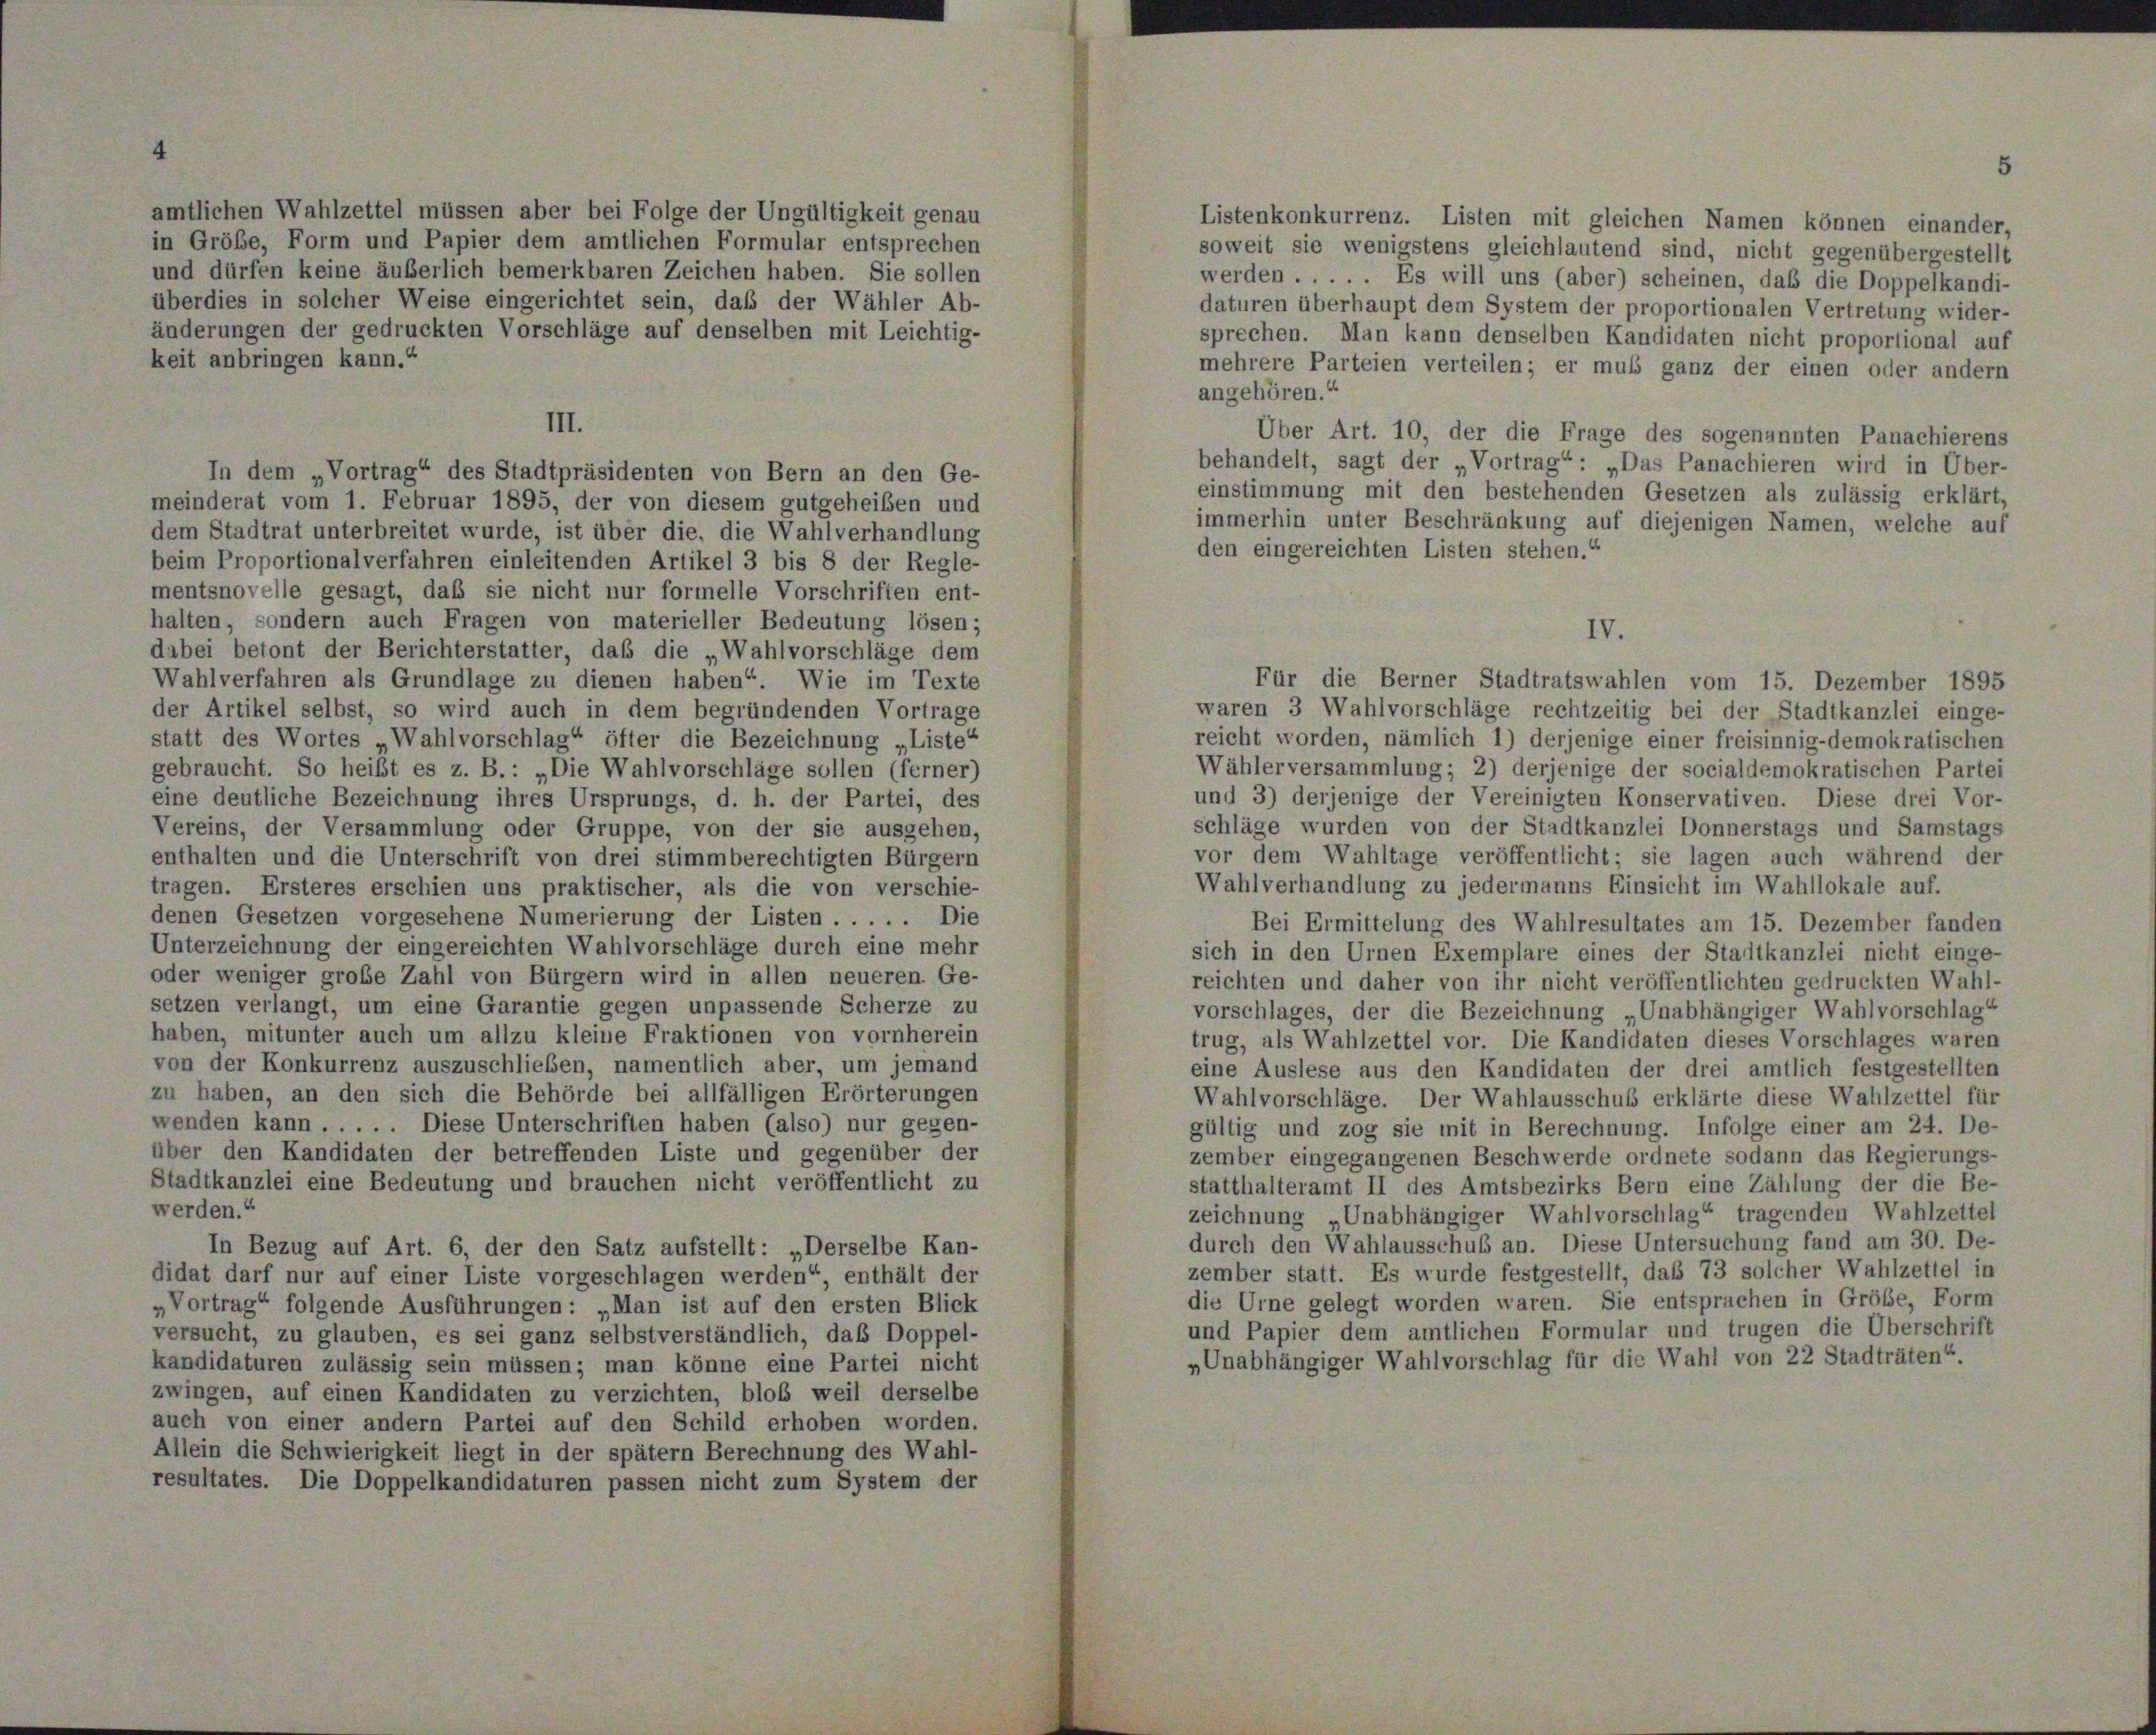
amtlichen Wahlzettel müssen aber bei Folge der Ungültigkeit genau
in Gröbe, Form und Papier dem amtlichen Formular entsprechen
soweit sie wenigstens gleichlautend sind, nicht gegenübergestellt
und dürfen keine äußerlich bemerkbaren Zeichen haben. Sie sollen
werden . . . . . Es will uns (aber) scheinen, daß die Doppelkandi-
überdies in solcher Weise eingerichtet sein, daß der Wähler Ab-
daturen überhaupt dem System der proportionalen Vertretung wider-
änderungen der gedruckten Vorschläge auf denselben mit Leichtig-
sprechen. Man kann denselben Kandidaten nicht proportional auf
keit anbringen kann.“
mehrere Parteien verteilen; er muß ganz der einen oder andern
angehören.“
III.
Über Art. 10, der die Frage des sogenannten Panachierens
behandelt, sagt der „Vortrag“: „Das Panachieren wird in Über-
In dem „Vortrag“ des Stadtpräsidenten von Bern an den Ge-
einstimmung mit den bestehenden Gesetzen als zulässig erklärt,
meinderat vom 1. Februar 1895, der von diesem gutgeheiben und
immerhin unter Beschränkung auf diejenigen Namen, welche auf
dem Stadtrat unterbreitet wurde, ist über die, die Wahlverhandlung
den eingereichten Listen stehen.“
beim Proportionalverfahren einleitenden Artikel 3 bis 8 der Regle-
mentsnovelle gesagt, daß sie nicht nur formelle Vorschriften ent-
halten, sondern auch Fragen von materieller Bedeutung lösen;
dabei betont der Berichterstatter, daß die „Wahlvorschläge dem
Wahlverfahren als Grundlage zu dienen haben“. Wie im Texte
Für die Berner Stadtratswahlen vom 15. Dezember 1895
der Artikel selbst, so wird auch in dem begründenden Vortrage
waren 3 Wahlvorschläge rechtzeitig bei der Stadtkanzlei einge-
reicht worden, nämlich 1) derjenige einer freisinnig-demokratischen
statt des Wortes „Wahlvorschlag“ öfter die Bezeichnung „Liste
Wähler versammlung; 2) derjenige der socialdemokratischen Partei
gebraucht. So heißt es z. B.: „Die Wahlvorschläge sollen (ferner)
und 3) derjenige der Vereinigten Konservativen. Diese drei Vor-
eine deutliche Bezeichnung ihres Ursprungs, d. h. der Partei, des
schläge wurden von der Stadtkanzlei Donnerstags und Samstags
Vereins, der Versammlung oder Gruppe, von der sie ausgehen,
vor dem Wahltage veröffentlicht; sie lagen auch während der
enthalten und die Unterschrift von drei stimmberechtigten Bürgern
Wahlverhandlung zu jedermanns Einsicht im Wahllokale auf.
tragen. Ersteres erschien uns praktischer, als die von verschie-
denen Gesetzen vorgesehene Numerierung der Listen . . . . . Die
Bei Ermittelung des Wahlresultates am 15. Dezember fanden
Unterzeichnung der eingereichten Wahlvorschläge durch eine mehr
sich in den Urnen Exemplare eines der Stadtkanzlei nicht einge-
oder weniger große Zahl von Bürgern wird in allen neueren. Ge-
reichten und daher von ihr nicht veröffentlichten gedruckten Wahl-
setzen verlangt, um eine Garantie gegen unpassende Scherze zu
vorschlages, der die Bezeichnung „Unabhängiger Wahlvorschlag“
haben, mitunter auch um allzu kleine Fraktionen von vornherein
trug, als Wahlzettel vor. Die Kandidaten dieses Vorschlages waren
von der Konkurrenz auszuschließen, namentlich aber, um jemand
eine Auslese aus den Kandidaten der drei amtlich festgestellten
zu haben, an den sich die Behörde bei allfälligen Erörterungen
Wahlvorschläge. Der Wahlausschuß erklärte diese Wahlzettel für
wenden kann . . . . . Diese Unterschriften haben (also) nur gegen-
gültig und zog sie mit in Berechnung. Infolge einer am 24. De-
über den Kandidaten der betreffenden Liste und gegenüber der
zember eingegangenen Beschwerde ordnete sodann das Regierungs-
Stadtkanzlei eine Bedeutung und brauchen nicht veröffentlicht zu
statthalteramt II des Amtsbezirks Bern eine Zählung der die Be-
werden.“
zeichnung „Unabhängiger Wahlvorschlag“ tragenden Wahlzettel
durch den Wahlausschub an. Diese Untersuchung fand am 30. De-
In Bezug auf Art. 6, der den Satz aufstellt: „Derselbe Kan-
zember statt. Es wurde festgestellt, daß 73 solcher Wahlzettel in
didat darf nur auf einer Liste vorgeschlagen werden“ enthält der
die Urne gelegt worden waren. Sie entsprachen in Größe, Form
Vortrag“ folgende Ausführungen: „Man ist auf den ersten Blick
und Papier dem amtlichen Formular und trugen die Überschrift
versucht, zu glauben, es sei ganz selbstverständlich, das Doppel-
„Unabhängiger Wahlvorschlag für die Wahl von 22 Stadträten“
kandidaturen zulässig sein müssen; man könne eine Partei nicht
zwingen, auf einen Kandidaten zu verzichten, bloß weil derselbe
auch von einer andern Partei auf den Schild erhoben worden.
Allein die Schwierigkeit liegt in der spätem Berechnung des Wahl-
resultates. Die Doppelkandidaturen passen nicht zum System der

Listenkonkurrenz. Listen mit gleichen Namen können einander,

IV.

5